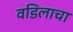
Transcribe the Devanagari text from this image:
वडिलाचा